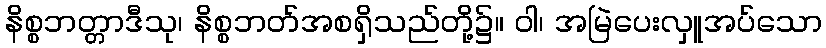
နိစ္စဘတ္တာဒီသု၊ နိစ္စဘတ်အစရှိသည်တို့၌။ ဝါ၊ အမြဲပေးလှူအပ်သော